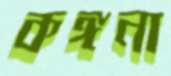
কঙ্গনা